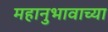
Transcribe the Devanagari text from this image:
महानुभावाच्या